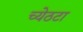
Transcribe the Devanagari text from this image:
च्येठटा